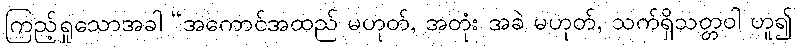
ကြည့်ရှုသောအခါ “အကောင်အထည် မဟုတ်, အတုံး အခဲ မဟုတ်, သက်ရှိသတ္တဝါ ဟူ၍